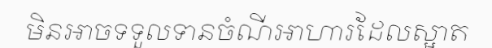
មិនអាចទទួលទានចំណីអាហារដែលស្អាត